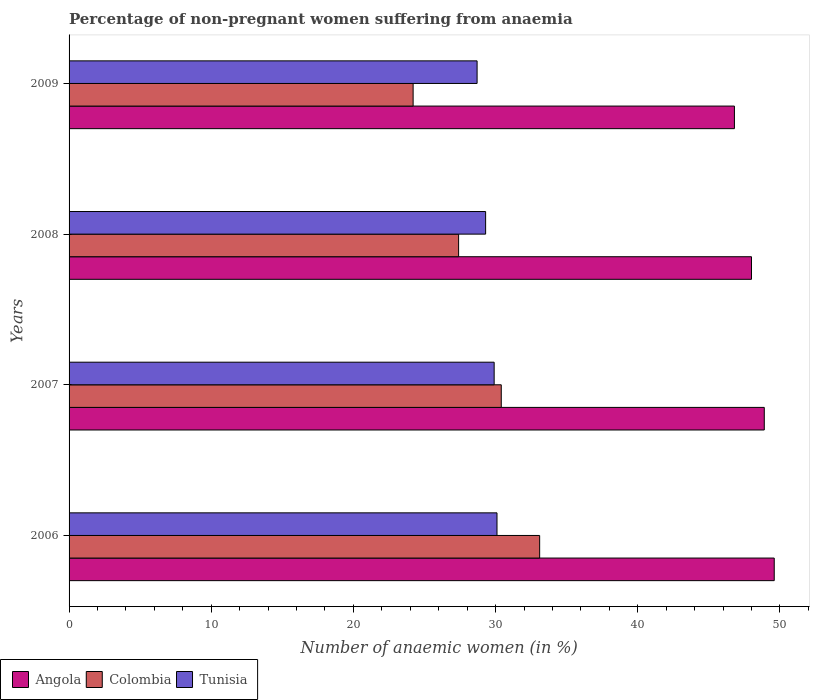
| Years | Angola | Colombia | Tunisia |
 | --- | --- | --- | --- |
 | 2006 | 49.6 | 33.1 | 30.1 |
 | 2007 | 48.9 | 30.4 | 29.9 |
 | 2008 | 48 | 27.4 | 29.3 |
 | 2009 | 46.8 | 24.2 | 28.7 |